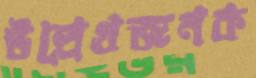
উল্লেখজনক